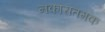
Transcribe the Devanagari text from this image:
नकारातमक